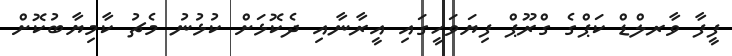
ފީފާ ވާރލްޑް ކަޕްގެ ގްރޫޕް ފިޔަވަހީގައި އީރާނާއި ދެކޮޅަށް ކުޅުނު މެޗު ކާމިޔާބުކޮށް